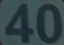
40